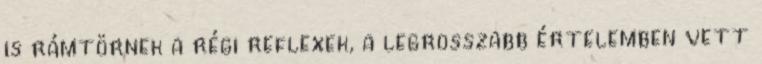
is rámtörnek a régi reflexek, a legrosszabb értelemben vett